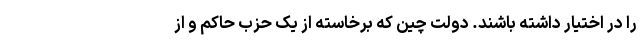
را در اختیار داشته باشند. دولت چین که برخاسته از یک حزب حاکم و از